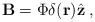
\begin{align*}{\bf B}=\Phi \delta ({\bf r}){\hat{{\bf z}}\;,} \end{align*}